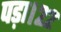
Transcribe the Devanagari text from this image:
पड़ा।२२